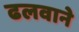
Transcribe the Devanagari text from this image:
ढलवाने